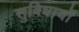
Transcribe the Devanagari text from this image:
सुविधायों